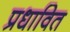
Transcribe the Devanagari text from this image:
प्रधावित